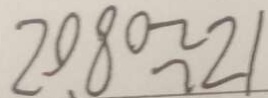
2 0 . 8 0 \approx 2 1